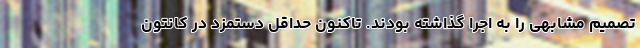
تصمیم مشابهی را به اجرا گذاشته بودند. تاکنون حداقل دستمزد در کانتون